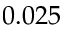
0 . 0 2 5